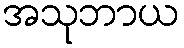
အသုဘာယ